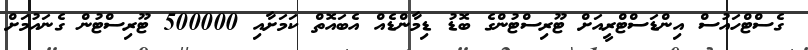
ގެސްޓްހައުސް އިންޑަސްޓްރީއަށް ޓޫރިސްޓުންގެ ބޮޑު ޑިމާންޑެއް އެބައޮތް ކަމަށާއި 500000 ޓޫރިސްޓުން ގެނައުމަށް